Tezpur Lunatic Asylum reports 1877-1894 - 1877-1894
Year: 1877
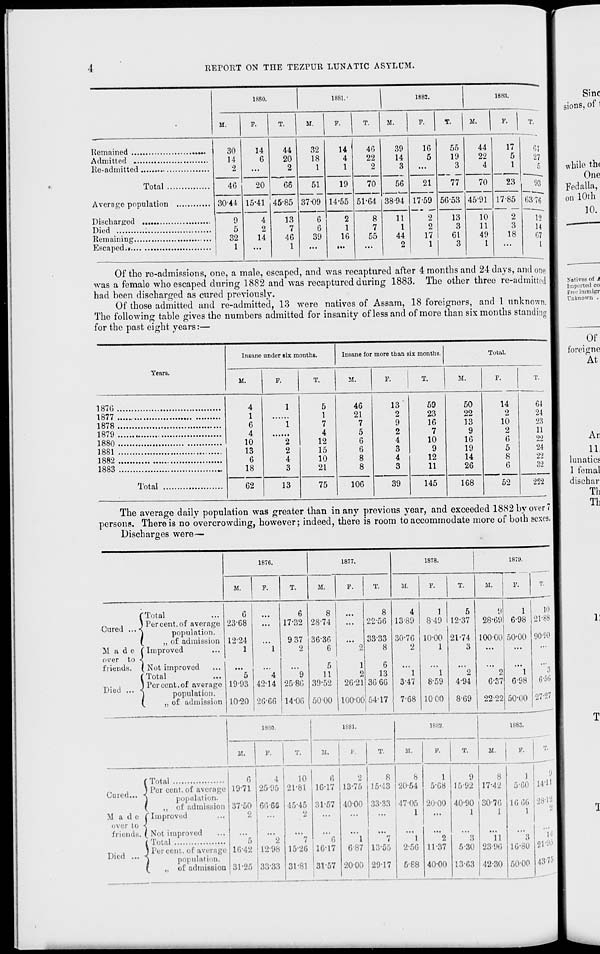
REPORT ON THE TEZPUll LUNATIC ASYLUM.
1880.
1881."
1882.
1883.
•
M.
F.
T.
M.
F. 1 T.
M.
F.
T.
M.
F.
T.
30
14
2
14
6
44
20
2
32
18
1
14
4
1
46
22
2
39
14
3
56
38-94
16
5
55
19
3
77
44
22
4
17
5
1
01
27
0
Total
46
20
66
51
37-09
19
70
21
17-59
2
2
17
1
70
23
93
Average population
30-44 15-41 45-85
14-55 51-64
56-53 4591 17-85
2
3
18
63-76
9
5
32
1
4
2
14
13
7
46
1
6
6
39
2
1
16
8
7
55
11
1
44
2
13
3
61
3
10
11
49
1
1^
Died
14
67
1
Of the re-admissions, one, a male, escaped, and was recaptured after 4 months and 24 days, and one
was a female who escaped during 1882 and was recaptured during 1883. The other three re-admitted
had been discharged as cured previously.
Of those admitted and re-admitted, 13 were natives of Assam, 18 foreigners, and 1 unknown.
The following table gives the numbers admitted for insanity of less and of more than six months standing
for the past eight years:—
Insane under six months.
Insane for more tban six months.
Total.
Tears.
M.
F.
T.
M.
F.
T.
M.
F.
T.
1876
4
1
6
4
10
13
6
18
1
1
2
2
4
3
5
1
7
4
12
15
10
21
46
21
7
5
6
6
8
8
13
2
9
2
4
3
4
3
59
23
16
7
10
9
12
11
50
22
13
9
16
19
14
26
14
o
10
2
6
5
8
6
64
1877
1878
24
23
1879
11
1880
22
1881
24
1882
22
1883
..
32
Total
62
13
75
106
39
145
168
52
222
The average daily population was greater than in any previous year, and exceeded 1882 by over 7
persons. There is no overcrowding, however; indeed, there is room to accommodate more of both sexes.
Discharges were—
187C.
M.
187
M.
F.
T.
1878.
1871*.
M.
F.
M.
F.
Cured ...
M a d e
over to
friends.
Died ...
'Total
Per cent, of average
population.
„ of admission
Improved
Not improved
Total
Per cent.of average
population.
,, of admission
6
23-68
:::
6
17-32
12-24
1
"1
9 37
2
"5
19-93
"4
4214
"9
25-86
10-20 26-66 14-06
8
28-74
3636
6
11
39-52
5000
...
8
22-56
4
13-89
1
8-49
5
12-37
9
28-69
1
6-98
' 2
33-33
8
30-76
2
10-00
1
21-74
3
10000 50-00
1
2
26-21
6
13
36 66
"l
3-47
"l
8-59
"2
4-94
' 2
6-37
"l
6-98
100-00 54-17
7-68 1000
8-69
22-22 50-00
10
21-88
90-M
6-50
27-27
Cured...
Made
over to
friends,
Died ...
1880.
M.
T.
1881.
M.
Total
Per cent.of average
population.
,, of admission
Improved
Not improved
Total
Percent, of average
population.
,, of admission
6
19-71
37-50
2
16-42
31-25
4
25-95
66-66
2
12-98
33-33
10
21-81
45-45
2
"7
15-26
31-81
6
16-17
31-57
6
16-17
31-57
40-00
1
6-87
20-00
T.
18H2.
M.
8
15-13
33-33
13*55
29-17
8
20-54
47-05
1
1
2-56
5-88
P.
T.
1883.
M.
V.
•68
20-00
2
11-37
40-00
9
15-92
40-90
1
8
5-30
13-63
8
17-42
30-76
1
11
23-96
42-30
1
5-60
16 66
l
8
16-80
50-00
14-H
28-15*
21*9°
43*75